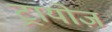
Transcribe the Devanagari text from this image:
ट्रायोज़